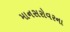
માનસરોવરના